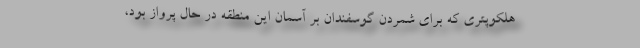
هلکوپتری که برای شمردن گوسفندان بر آسمان این منطقه در حال پرواز بود،